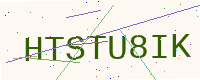
Text: HTSTU8IK